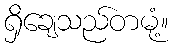
ရှိချေသည်တမုံ့။